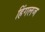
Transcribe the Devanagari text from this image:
हिंगलज